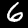
Digit: 6